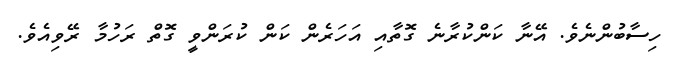
ހިސާބުންނެވެ. އޭނާ ކަންކުރާނެ ގޮތާއި އަހަރެން ކަން ކުރަންވީ ގޮތް ރަހުމާ ރޭވިއެވެ.